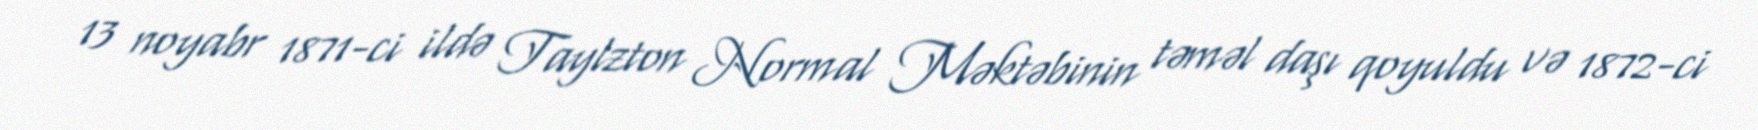
13 noyabr 1871-ci ildə Taylzton Normal Məktəbinin təməl daşı qoyuldu və 1872-ci